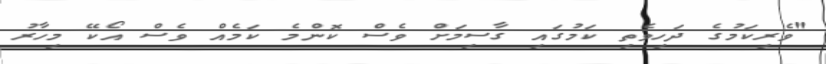
"ވެރިކަމުގެ ދަހިވެތި ކަމުގައި ގާސިމަށް ވެސް ކޮންމެ ކަމެއް ވެސް އޯކޭ މިހާރު